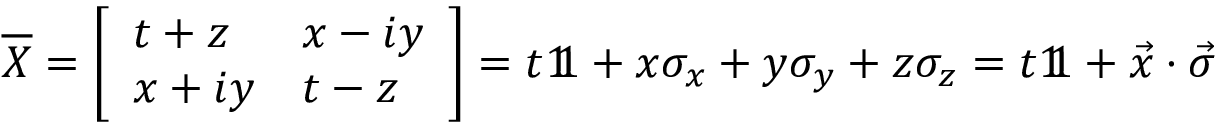
{ \overline { { X } } } = { \left[ \begin{array} { l l } { t + z } & { x - i y } \\ { x + i y } & { t - z } \end{array} \right] } = t 1 \! \! 1 + x \sigma _ { x } + y \sigma _ { y } + z \sigma _ { z } = t 1 \! \! 1 + { \vec { x } } \cdot { \vec { \sigma } }